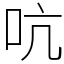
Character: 吭